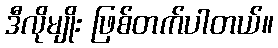
ဒီလိုမျိုး ဖြစ်တက်ပါတယ်။